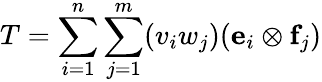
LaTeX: T=\sum_{i=1}^{n}\sum_{j=1}^{m}(v_{i}w_{j})(\mathbf{e}_{i}\otimes\mathbf{f}_{j})